Annual report of lunatic asylums [Bombay] - 1912-1922
Year: 1912
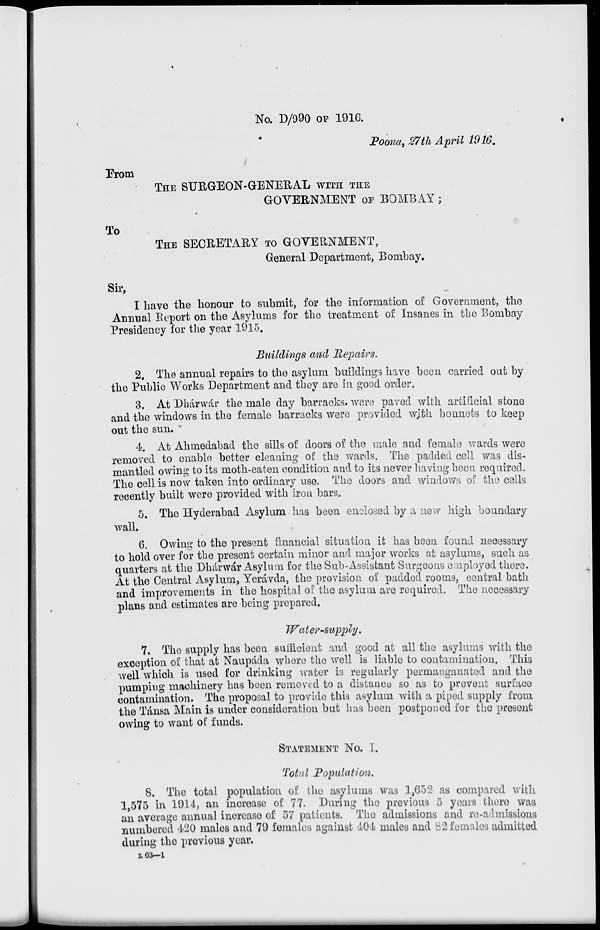
No. D/990 OF 1916.
Poona, 27th April 1916.
From
THE SURGEON-GENERAL WITH THE
GOVERNMENT OF BOMBAY;
To
THE SECRETARY TO GOVERNMENT,
General Department, Bombay.
Sir,
I have the honour to submit, for the information of Government, the
Annual Report on the Asylums for the treatment of Insanes in the Bombay
Presidency for the year 1915.
Buildings and Repairs.
2. The annual repairs to the asylum buildings have been carried out by
the Public Works Department and they are in good order.
3. At Dhárwár the male day barracks, were paved with artificial stone
and the windows in the female barracks were provided with bonnets to keep
out the sun.
4. At Ahmedabad the sills of doors of the male and female wards were
removed to enable better cleaning of the wards. The padded cell was dis-
mantled owing to its moth-eaten condition and to its never having been required.
The cell is now taken into ordinary use. The doors and windows of the cells
recently built were provided with iron bars.
5. The Hyderabad Asylum has been enclosed by a new high boundary
wall
6. Owing to the present financial situation it has been found necessary
to hold over for the present certain minor and major works at asylums, such as
quarters at the Dhárwár Asylum for the Sub-Assistant Surgeons employed there.
At the Central Asylum, Yerávda, the provision of padded rooms, contral bath
and improvements in the hospital of the asylum are required. The necessary
plans and estimates are being prepared.
Water-supply.
7. The supply has been sufficient and good at all the asylums with the
exception of that at Naupáda where the well is liable to contamination. This
well which is used for drinking water is regularly permanganated and the
pumping machinery has been removed to a distance so as to prevent surface
contamination. The proposal to provide this asylum with a piped supply from
the Tánsa Main is under consideration but has been postponed for the present
owing to want of funds.
STATEMENT No. I.
Total Population.
8. The total population of the asylums was 1,652 as compared with
1,575 in 1914, an increase of 77. During the previous 5 years there was
an average annual increase of 57 patients. The admissions and re-admissions
numbered 420 males and 79 females against 404 males and 82 females admitted
during the previous year.
L 63––1